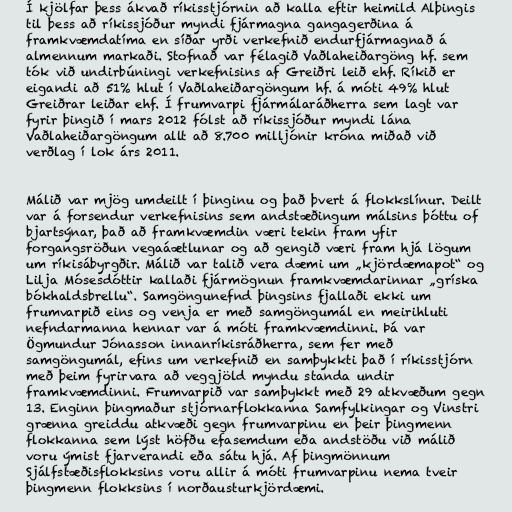
Í kjölfar þess ákvað ríkisstjórnin að kalla eftir heimild Alþingis
til þess að ríkissjóður myndi fjármagna gangagerðina á
framkvæmdatíma en síðar yrði verkefnið endurfjármagnað á
almennum markaði. Stofnað var félagið Vaðlaheiðargöng hf. sem
tók við undirbúningi verkefnisins af Greiðri leið ehf. Ríkið er
eigandi að 51% hlut í Vaðlaheiðargöngum hf. á móti 49% hlut
Greiðrar leiðar ehf. Í frumvarpi fjármálaráðherra sem lagt var
fyrir þingið í mars 2012 fólst að ríkissjóður myndi lána
Vaðlaheiðargöngum allt að 8.700 milljónir króna miðað við
verðlag í lok árs 2011.

Málið var mjög umdeilt í þinginu og það þvert á flokkslínur. Deilt
var á forsendur verkefnisins sem andstæðingum málsins þóttu of
bjartsýnar, það að framkvæmdin væri tekin fram yfir
forgangsröðun vegaáætlunar og að gengið væri fram hjá lögum
um ríkisábyrgðir. Málið var talið vera dæmi um „kjördæmapot“ og
Lilja Mósesdóttir kallaði fjármögnun framkvæmdarinnar „gríska
bókhaldsbrellu“. Samgöngunefnd þingsins fjallaði ekki um
frumvarpið eins og venja er með samgöngumál en meirihluti
nefndarmanna hennar var á móti framkvæmdinni. Þá var
Ögmundur Jónasson innanríkisráðherra, sem fer með
samgöngumál, efins um verkefnið en samþykkti það í ríkisstjórn
með þeim fyrirvara að veggjöld myndu standa undir
framkvæmdinni. Frumvarpið var samþykkt með 29 atkvæðum gegn
13. Enginn þingmaður stjórnarflokkanna Samfylkingar og Vinstri
grænna greiddu atkvæði gegn frumvarpinu en þeir þingmenn
flokkanna sem lýst höfðu efasemdum eða andstöðu við málið
voru ýmist fjarverandi eða sátu hjá. Af þingmönnum
Sjálfstæðisflokksins voru allir á móti frumvarpinu nema tveir
þingmenn flokksins í norðausturkjördæmi.